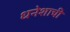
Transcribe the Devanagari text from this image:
धनेशाची